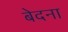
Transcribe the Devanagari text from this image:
बेदना